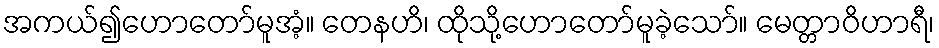
အကယ်၍ဟောတော်မူအံ့။ တေနဟိ၊ ထိုသို့ဟောတော်မူခဲ့သော်။ မေတ္တာဝိဟာရီ၊